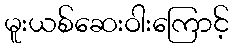
မူးယစ်ဆေးဝါးကြောင့်